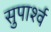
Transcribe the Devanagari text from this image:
सुपार्श्‍व